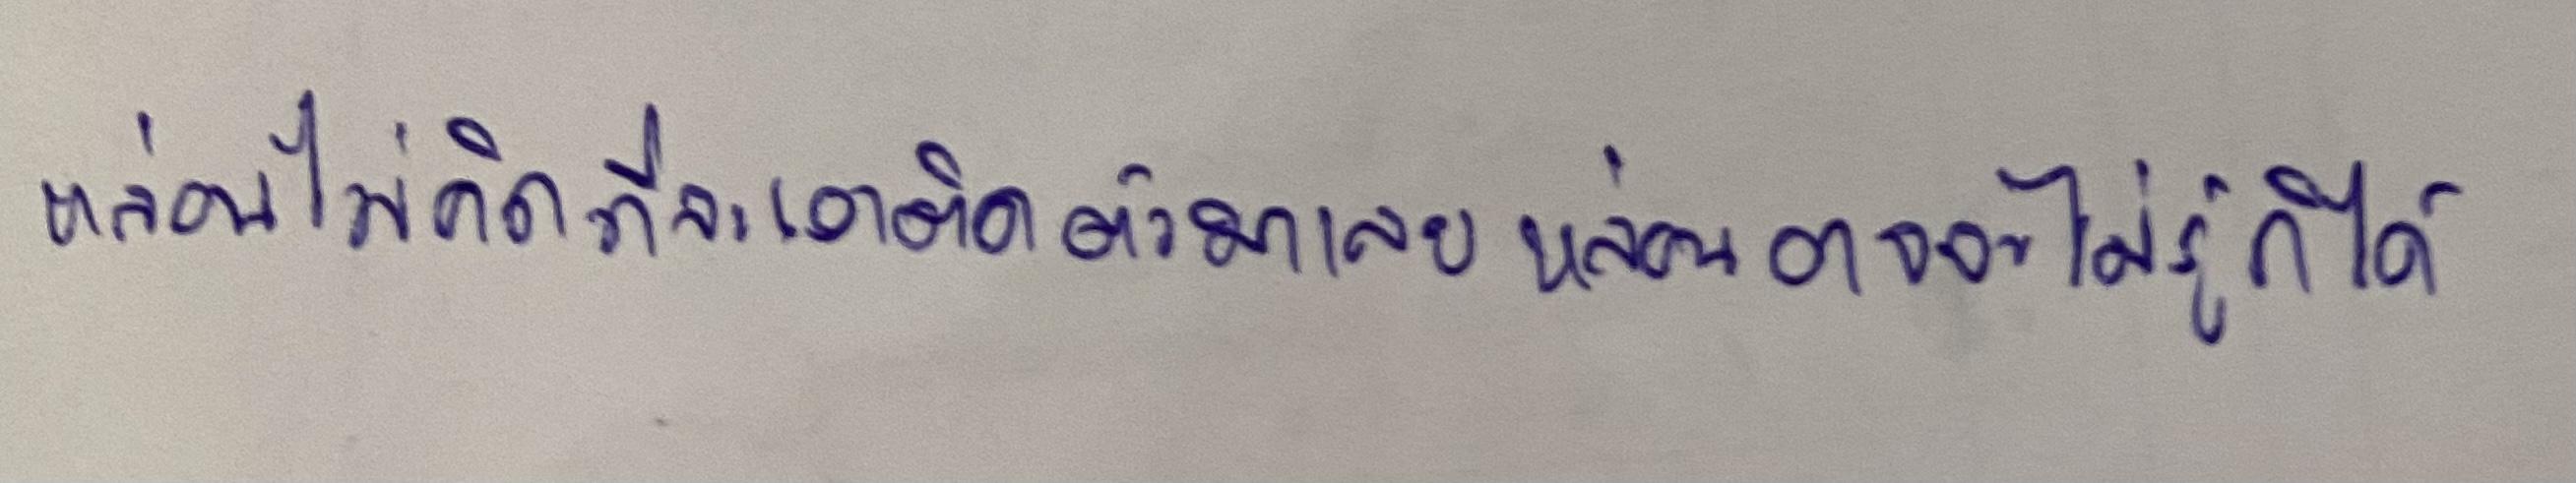
หล่อนไม่คิดที่จะเอาติดตัวมาเลยหล่อนอาจจะไม่รู้ก็ได้